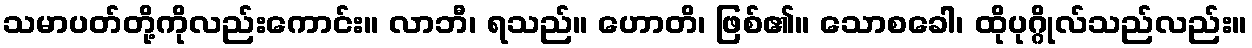
သမာပတ်တို့ကိုလည်းကောင်း။ လာဘီ၊ ရသည်။ ဟောတိ၊ ဖြစ်၏။ သောစခေါ၊ ထိုပုဂ္ဂိုလ်သည်လည်း။